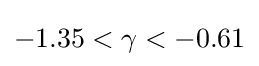
-1.35<\gamma <-0.61